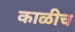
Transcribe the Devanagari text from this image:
काळीच